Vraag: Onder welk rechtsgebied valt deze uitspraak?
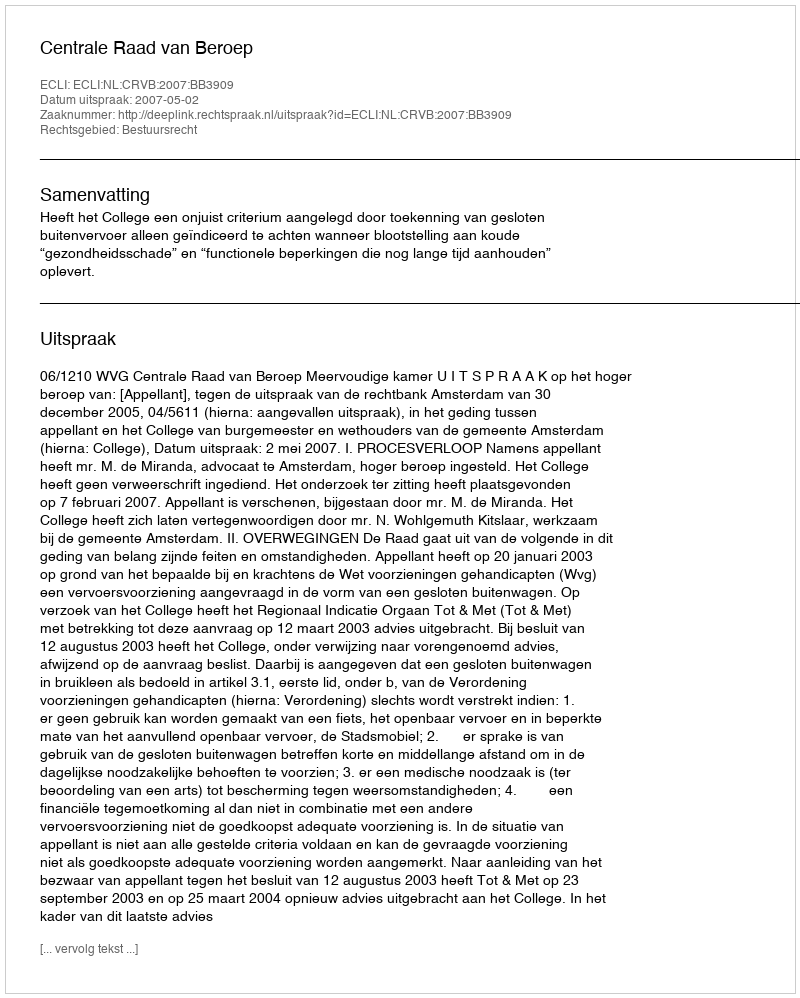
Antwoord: Bestuursrecht